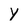
Character: Y